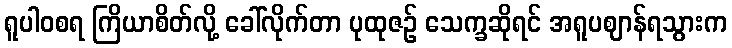
ရူပါဝစရ ကြိယာစိတ်လို့ ခေါ်လိုက်တာ ပုထုဇဉ် သေက္ခဆိုရင် အရူပဈာန်ရသွားက